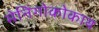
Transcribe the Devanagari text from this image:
मेनिंगोकोकाय